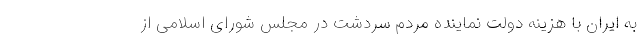
به ایران با هزینه دولت نماینده مردم سردشت در مجلس شورای اسلامی از